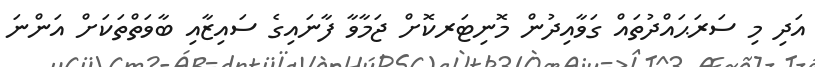
އަދި މި ސަރަޙައްދުތައް ގަވާއިދުން މޮނިޓަރކޮށް ޖަމާވާ ފާނައިގެ ސައިޒާއި ބާވަތްތަކަށް އަންނަ